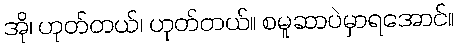
အို၊ ဟုတ်တယ်၊ ဟုတ်တယ်။ စမူဆာပဲမှာရအောင်။